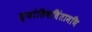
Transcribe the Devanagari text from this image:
ज्योतिषचिंतामणि